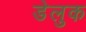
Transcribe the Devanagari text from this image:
डेलुक